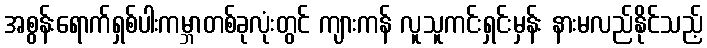
အစွန်းရောက်ရှစ်ပါးကမ္ဘာတစ်ခုလုံးတွင် ကျားကန် လူသူကင်းရှင်းမှန်း နားမလည်နိုင်သည့်